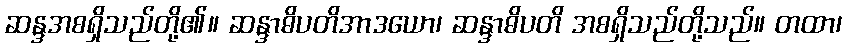
ဆန္ဒအစရှိသည်တို့၏။ ဆန္ဒာဓိပတိအာဒယော၊ ဆန္ဒာဓိပတိ အစရှိသည်တို့သည်။ တထာ၊